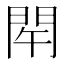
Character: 𨳰